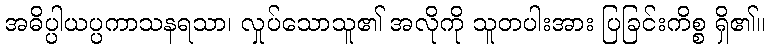
အဓိပ္ပါယပ္ပကာသနရသာ၊ လှုပ်သောသူ၏ အလိုကို သူတပါးအား ပြခြင်းကိစ္စ ရှိ၏။